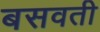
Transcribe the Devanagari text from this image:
बसवती